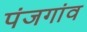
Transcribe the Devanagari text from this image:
पंजगांव